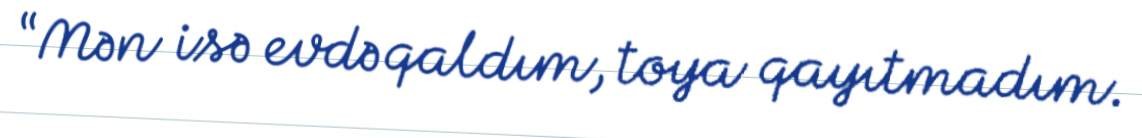
“Mən isə evdə qaldım, toya qayıtmadım.